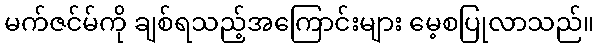
မက်ဇင်မ်ကို ချစ်ရသည့်အကြောင်းများ မေ့စပြုလာသည်။